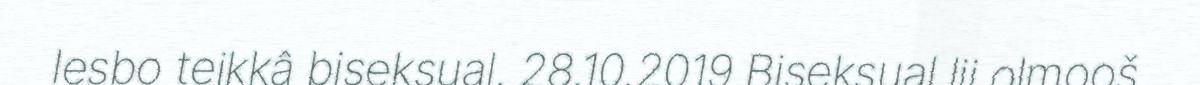
lesbo teikkâ biseksual. 28.10.2019 Biseksual lii olmooš,